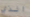
الذي